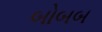
બોબબ